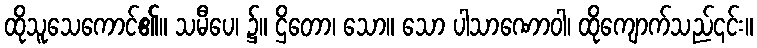
ထိုသူသေကောင်၏။ သမီပေ၊ ၌။ ဌိတော၊ သော။ သော ပါသာဏောဝါ၊ ထိုကျောက်သည်၎င်း။